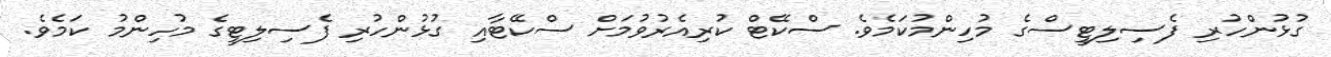
ގުޅުންހުރި ފެސިލިޓީސްގެ މުހިންމުކަމެވެ. ސްކޭޓް ކުރިއެރުވުމަށް ސްކޭޓާއި ގުޅުންހުރި ފެސިލިޓީގެ މުހިންމު ކަމެވެ.